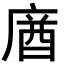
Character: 𢉷